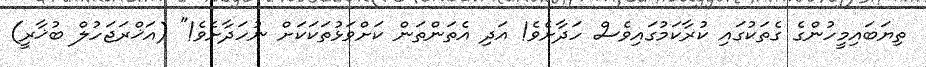
ތިޔަބައިމީހުންގެ ގެތަކުގައި ކުރާކަމުގައިވެސް ހަދާށެވެ! އަދި އެތަންތަން ކަށްވަޅުތަކަކަށް ނުހަދާށެވެ!" (އަޚްރަޖަހުލް ބުޚާރީ)